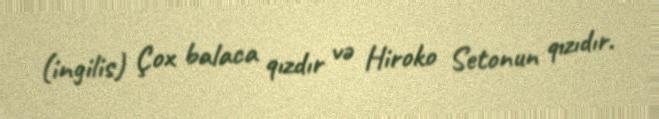
(ingilis) Çox balaca qızdır və Hiroko Setonun qızıdır.